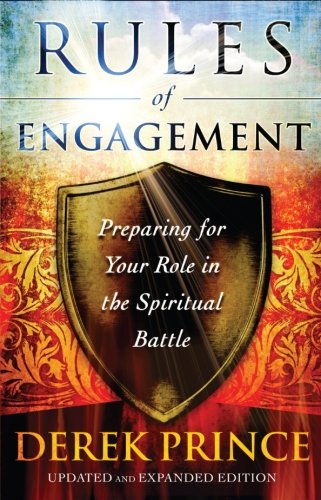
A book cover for Rules of Engagement: Preparing for Your Role in the Spiritual Battle; Derek Prince; Christian Books & Bibles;